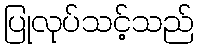
ပြုလုပ်သင့်သည်